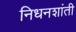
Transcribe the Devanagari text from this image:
निधनशांती